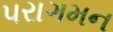
પરાગમન